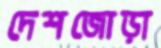
দেশজোড়া